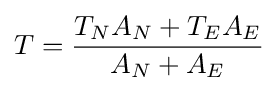
T={\frac {T_{N}A_{N}+T_{E}A_{E}}{A_{N}+A_{E}}}